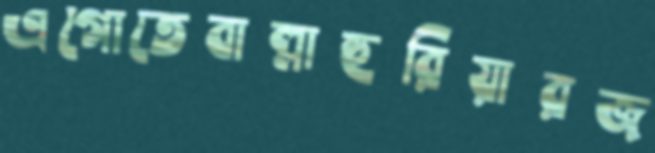
এগোতেবাল্লাহুরিয়ারজ